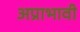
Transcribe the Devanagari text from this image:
अप्राभावी